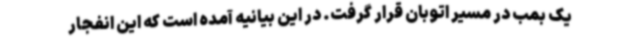
یک بمب در مسیر اتوبان قرار گرفت. در این بیانیه آمده است که این انفجار